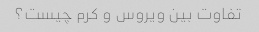
تفاوت بین ویروس و کرم چیست؟